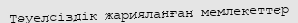
Тәуелсіздік жарияланған мемлекеттер